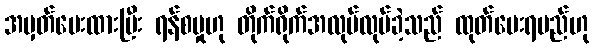
အမှတ်ပေးထားပြီး ရန်စမှုဟု တိုက်ရိုက်အလုပ်လုပ်ခဲ့သည် ထုတ်ပေးရမည်ဟု